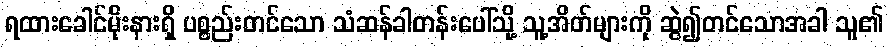
ရထားခေါင်မိုးနားရှိ ပစ္စည်းတင်သော သံဆန်ခါတန်းပေါ်သို့ သူ့အိတ်များကို ဆွဲ၍တင်သောအခါ သူ၏